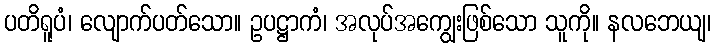
ပတိရူပံ၊ လျောက်ပတ်သော။ ဥပဋ္ဌာကံ၊ အလုပ်အကျွေးဖြစ်သော သူကို။ နလဘေယျ၊